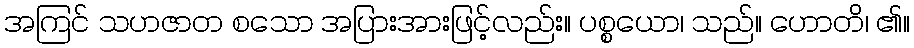
အကြင် သဟဇာတ စသော အပြားအားဖြင့်လည်း။ ပစ္စယော၊ သည်။ ဟောတိ၊ ၏။